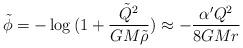
LaTeX: \begin{align*}\tilde \phi = - \log{(1 + \frac{\tilde Q^2}{GM \tilde \rho})} \approx- \frac{ \alpha' Q^2}{8GMr}\end{align*}